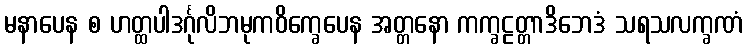
မနာပေန စ ဟတ္ထပါဒင်္ဂုလိဘမုကဝိက္ခေပေန အတ္တနော ကက္ခဠတ္တာဒိဘေဒံ သရသလက္ခဏံ